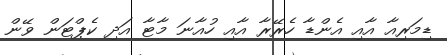
ޑިމަރިއާ އާއި އެންޑާ ހެރޭރާ އާއި ހުއާނަ މާޓާ އަދި ކެޕްޓަން ވޭން